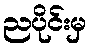
ညပိုင်းမှ